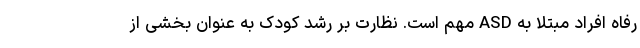
رفاه افراد مبتلا به ASD مهم است. نظارت بر رشد کودک به عنوان بخشی از